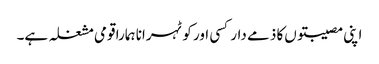
اپنی مصیبتوں‌کا ذمے دار کسی اور کو ٹہرانا ہمارا قومی مشغلہ ہے۔